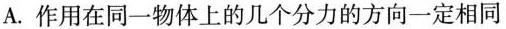
A.作用在同一物体上的几个分力的方向一定相同